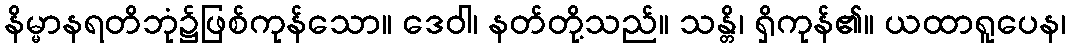
နိမ္မာနရတိဘုံ၌ဖြစ်ကုန်သော။ ဒေဝါ၊ နတ်တို့သည်။ သန္တိ၊ ရှိကုန်၏။ ယထာရူပေန၊